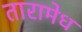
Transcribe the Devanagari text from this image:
तारामेध